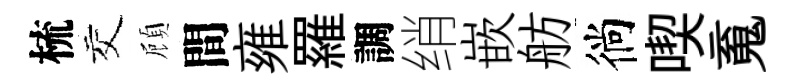
梳交頋間雍羅調绡嵌舫徜喫䰟